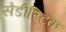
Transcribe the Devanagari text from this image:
सेडीस्टिक